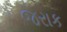
જરાક